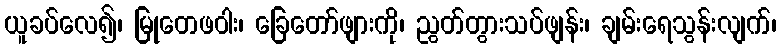
ယူခပ်လေ၍၊ မြုတေဖဝါး၊ ခြေတော်ဖျားကို၊ ညွတ်တွားသပ်ဖျန်း၊ ချမ်းရေသွန်းလျက်၊